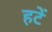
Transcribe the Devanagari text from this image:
हटें